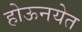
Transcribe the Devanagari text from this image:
होऊनयेत